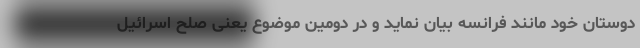
دوستان خود مانند فرانسه بیان نماید و در دومین موضوع یعنی صلح اسرائیل